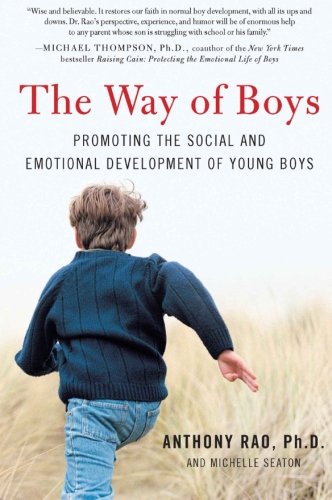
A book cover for The Way of Boys: Promoting the Social and Emotional Development of Young Boys; Anthony, PhD Rao; Parenting & Relationships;